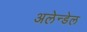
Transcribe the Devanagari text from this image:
अलेन्डेल